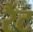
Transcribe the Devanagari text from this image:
रैंट